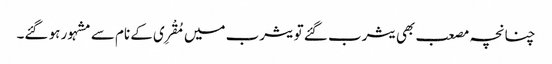
چنانچہ مصعب بھی یثرب گئے تو یثرب میں مُقْرِی کے نام سے مشہور ہو گئے۔